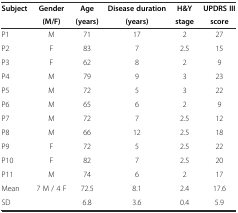
<table><thead><tr><td><b>Subject</b></td><td><b>Gender</b></td><td><b>Age</b></td><td><b>Disease duration</b></td><td><b>H&amp;Y</b></td><td><b>UPDRS III</b></td></tr><tr><td></td><td><b>(M/F)</b></td><td><b>(years)</b></td><td><b>(years)</b></td><td><b>stage</b></td><td><b>score</b></td></tr></thead><tbody><tr><td>P1</td><td>M</td><td>71</td><td>17</td><td>2</td><td>27</td></tr><tr><td>P2</td><td>F</td><td>83</td><td>7</td><td>2.5</td><td>15</td></tr><tr><td>P3</td><td>F</td><td>62</td><td>8</td><td>2</td><td>9</td></tr><tr><td>P4</td><td>M</td><td>79</td><td>9</td><td>3</td><td>23</td></tr><tr><td>P5</td><td>M</td><td>72</td><td>5</td><td>3</td><td>22</td></tr><tr><td>P6</td><td>M</td><td>65</td><td>6</td><td>2</td><td>9</td></tr><tr><td>P7</td><td>M</td><td>72</td><td>7</td><td>2.5</td><td>12</td></tr><tr><td>P8</td><td>M</td><td>66</td><td>12</td><td>2.5</td><td>18</td></tr><tr><td>P9</td><td>F</td><td>72</td><td>5</td><td>2.5</td><td>22</td></tr><tr><td>P10</td><td>F</td><td>82</td><td>7</td><td>2.5</td><td>20</td></tr><tr><td>P11</td><td>M</td><td>74</td><td>6</td><td>2</td><td>17</td></tr><tr><td>Mean</td><td>7 M / 4 F</td><td>72.5</td><td>8.1</td><td>2.4</td><td>17.6</td></tr><tr><td>SD</td><td></td><td>6.8</td><td>3.6</td><td>0.4</td><td>5.9</td></tr></tbody></table>